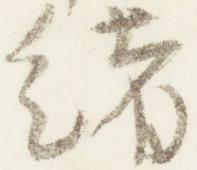
緒